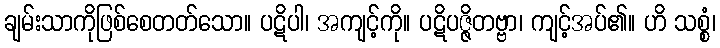
ချမ်းသာကိုဖြစ်စေတတ်သော။ ပဋိပါ၊ အကျင့်ကို။ ပဋိပဇ္ဇိတဗ္ဗာ၊ ကျင့်အပ်၏။ ဟိ သစ္စံ၊